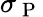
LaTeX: \sigma_{\mathrm{~P~}}